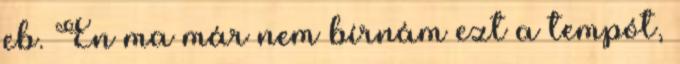
eb. Én ma már nem bírnám ezt a tempót,